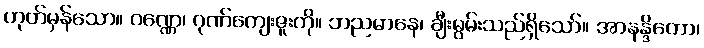
ဟုတ်မှန်သော။ ဝဏ္ဏေ၊ ဂုဏ်ကျေးဇူးကို။ ဘညမာနေ၊ ချီးမွမ်းသည်ရှိသော်။ အာနန္ဒိတော၊